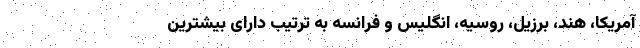
آمریکا، هند، برزیل، روسیه، انگلیس و فرانسه به ترتیب دارای بیشترین